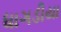
ધાગડીયા